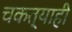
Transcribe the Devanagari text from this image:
चकत्याही